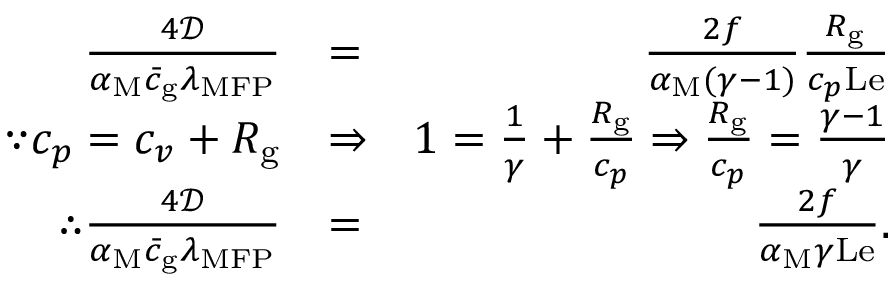
\begin{array} { r l r } { \frac { 4 \mathcal { D } } { \alpha _ { \mathrm { M } } \bar { c } _ { \mathrm { g } } \lambda _ { \mathrm { M F P } } } } & { = } & { \frac { 2 f } { \alpha _ { \mathrm { M } } ( \gamma - 1 ) } \frac { R _ { \mathrm { g } } } { c _ { p } \mathrm { L e } } } \\ { \because c _ { p } = c _ { v } + R _ { \mathrm { g } } } & { \Rightarrow } & { 1 = \frac { 1 } { \gamma } + \frac { R _ { \mathrm { g } } } { c _ { p } } \Rightarrow \frac { R _ { \mathrm { g } } } { c _ { p } } = \frac { \gamma - 1 } { \gamma } } \\ { \therefore \frac { 4 \mathcal { D } } { \alpha _ { \mathrm { M } } \bar { c } _ { \mathrm { g } } \lambda _ { \mathrm { M F P } } } } & { = } & { \frac { 2 f } { \alpha _ { \mathrm { M } } \gamma \mathrm { L e } } . } \end{array}